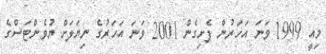
މިއީ 1999 ވަނަ އަހަރުން ފެށިގެން 2001 ވަނަ އަހަރުގެ ނިޔަލަށް ޔުވެންޓަސްގެ